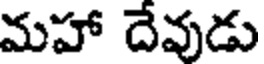
మహా దేవుడు